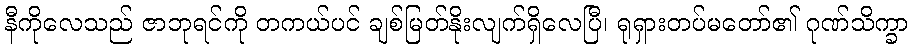
နီကိုလေသည် ဇာဘုရင်ကို တကယ်ပင် ချစ်မြတ်နိုးလျက်ရှိလေပြီ၊ ရုရှားတပ်မတော်၏ ဂုဏ်သိက္ခာ